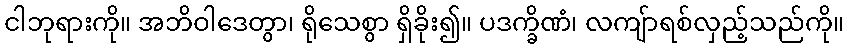
ငါဘုရားကို။ အဘိဝါဒေတွာ၊ ရိုသေစွာ ရှိခိုး၍။ ပဒက္ခိဏံ၊ လကျ်ာရစ်လှည့်သည်ကို။